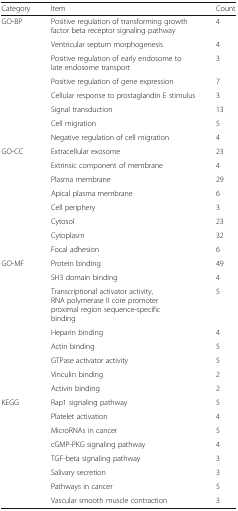
| Category | Item | Count |
 | --- | --- | --- |
 | <ROWSPAN=8> GO-BP | Positive regulation of transforming growth factor beta receptor signaling pathway | 4 |
 | Ventricular septum morphogenesis | 4 |
 | Positive regulation of early endosome to late endosome transport | 3 |
 | Positive regulation of gene expression | 7 |
 | Cellular response to prostaglandin E stimulus | 3 |
 | Signal transduction | 13 |
 | Cell migration | 5 |
 | Negative regulation of cell migration | 4 |
 | <ROWSPAN=8> GO-CC | Extracellular exosome | 23 |
 | Extrinsic component of membrane | 4 |
 | Plasma membrane | 29 |
 | Apical plasma membrane | 6 |
 | Cell periphery | 3 |
 | Cytosol | 23 |
 | Cytoplasm | 32 |
 | Focal adhesion | 6 |
 | <ROWSPAN=8> GO-MF | Protein binding | 49 |
 | SH3 domain binding | 4 |
 | Transcriptional activator activity, RNA polymerase II core promoter proximal region sequence-specific binding | 5 |
 | Heparin binding | 4 |
 | Actin binding | 5 |
 | GTPase activator activity | 5 |
 | Vinculin binding | 2 |
 | Activin binding | 2 |
 | <ROWSPAN=8> KEGG | Rap1 signaling pathway | 5 |
 | Platelet activation | 4 |
 | MicroRNAs in cancer | 5 |
 | cGMP-PKG signaling pathway | 4 |
 | TGF-beta signaling pathway | 3 |
 | Salivary secretion | 3 |
 | Pathways in cancer | 5 |
 | Vascular smooth muscle contraction | 3 |